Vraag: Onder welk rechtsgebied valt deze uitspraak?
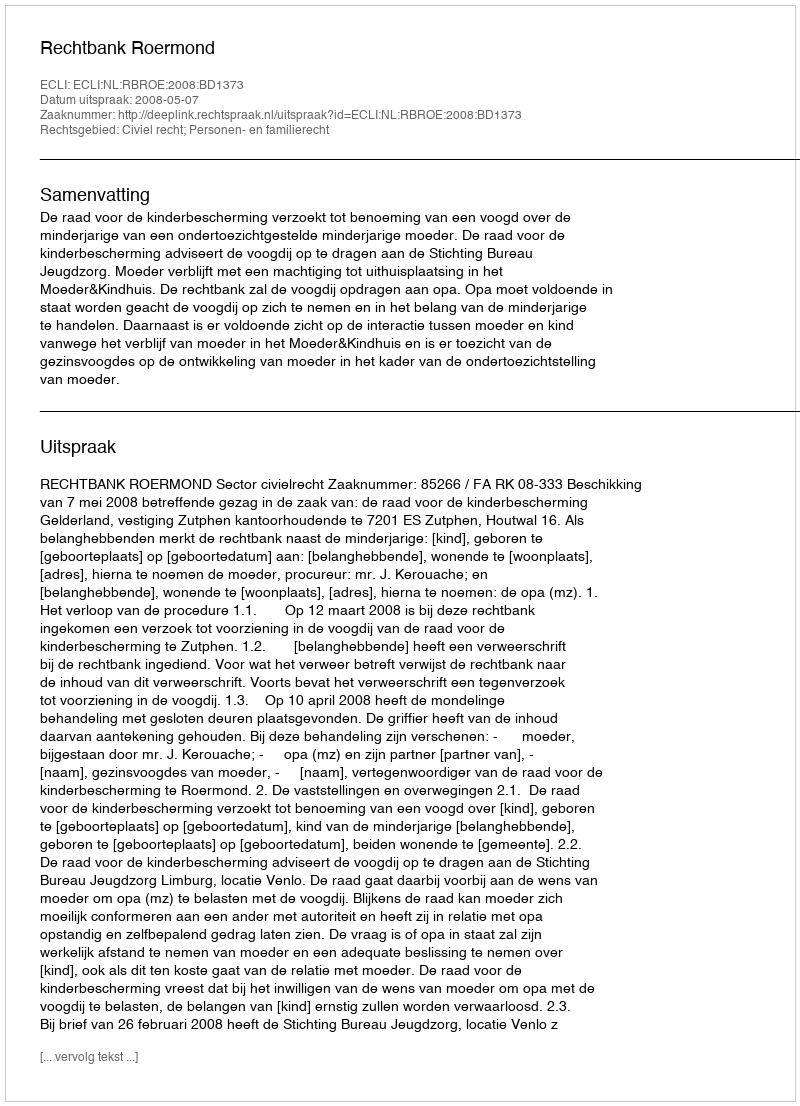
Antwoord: Civiel recht; Personen- en familierecht